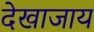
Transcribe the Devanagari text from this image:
देखाजाय